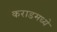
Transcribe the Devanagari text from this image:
कराडमध्ये